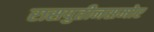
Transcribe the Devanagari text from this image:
रासपुतीनसमोर